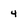
Character: 4